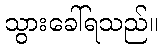
သွားခေါ်ရသည်။